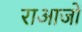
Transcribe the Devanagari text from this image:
राआजों